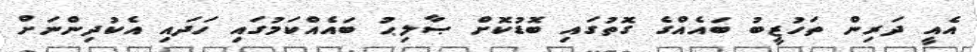
އެއީ ދަރިން ތަހުޒީބު ބައެއްގެ ގޮތުގައި ބޮޑުކޮށް ޞާލިޙު ބައެއްކަމުގައި ހަދައި އެކުދިންނަށް